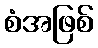
စံအဖြစ်